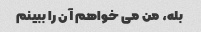
بله، من می خواهم آن را ببینم